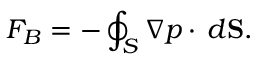
F _ { B } = - \oint _ { S } \nabla p \cdot \, d \mathbf { S } .